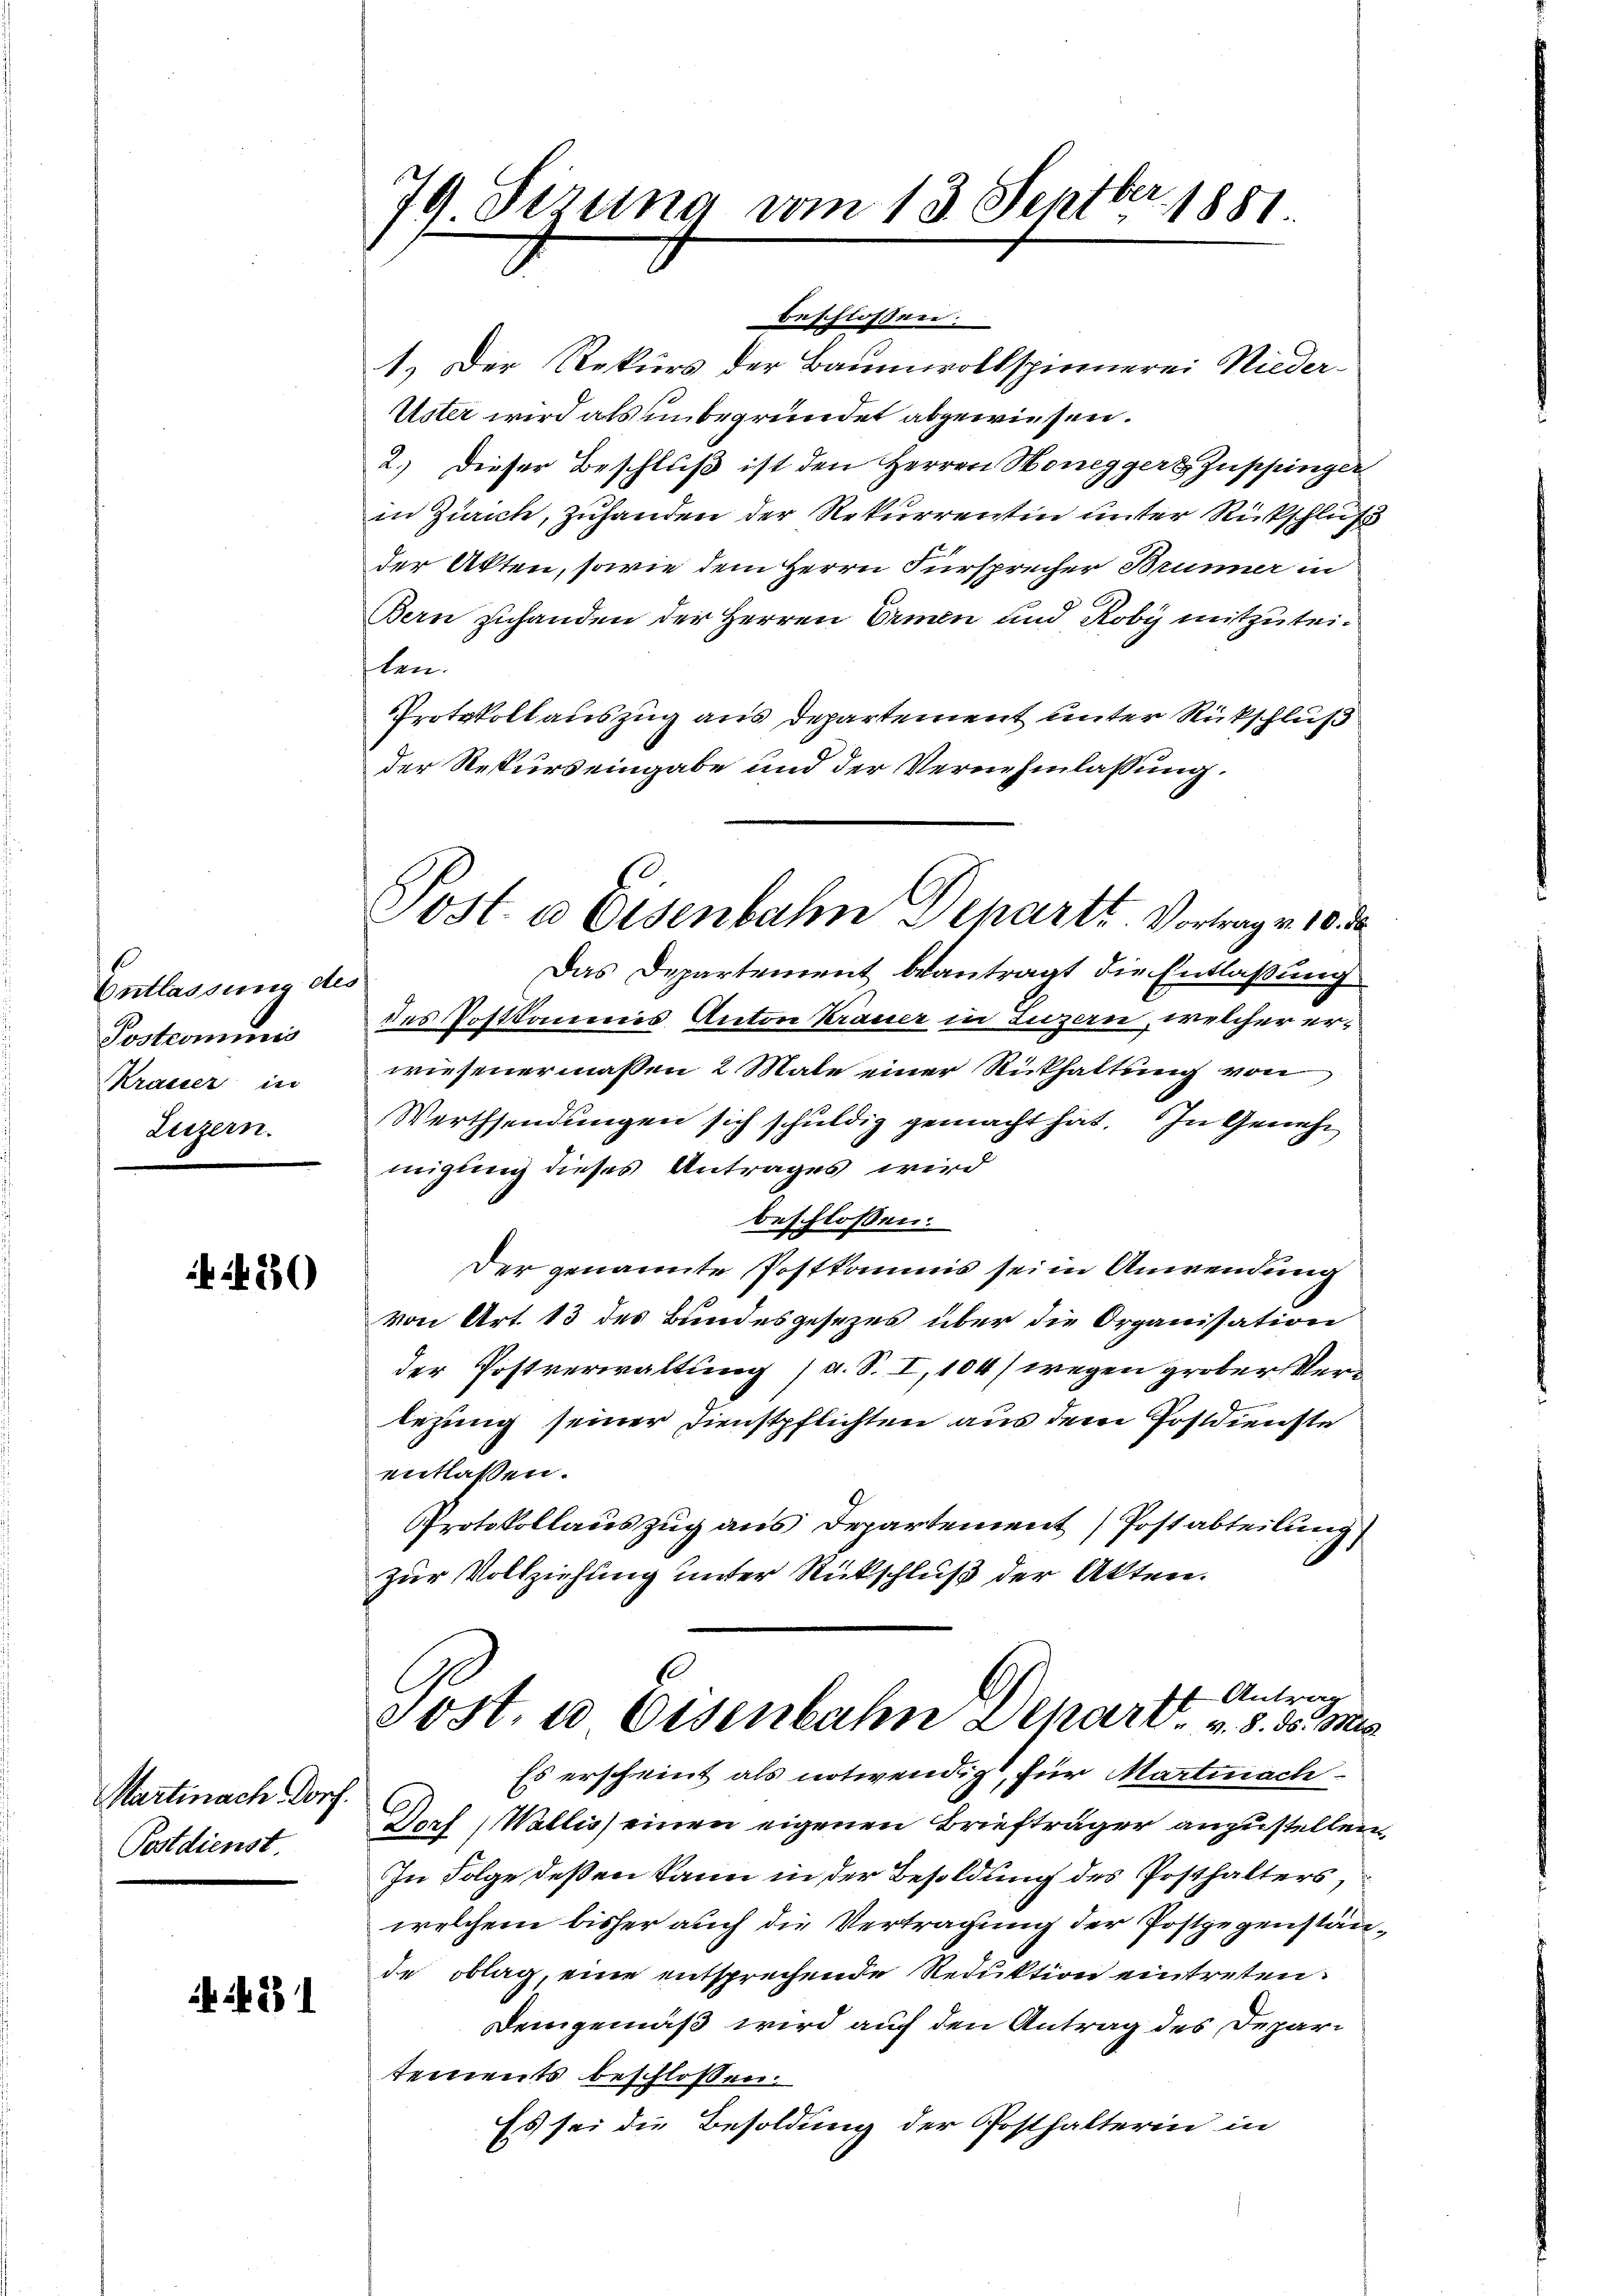
Entlassung des
Postcommis
Krasser in
Luzern.

420

Martinach Poch
Postdienst

21

79 Sirung vom 13. Septbr. 1881

Post. a Eisenbahn Departe Vortrage 10 de

beschlossen:
1.) Der Rekurs der Baumwollspinnerei Nieder-
Uster wird als unbegründet abgewiesen.
2.) Dieser Beschluß ist den Herren Honegger Zuppingen
in Zürich, Zuhanden der Rekurrentin unter Rückschluß
der Akten, sowie dem Herrn Fürsprecher Brunner in
Bern zuhanden der Herren Ernen und Roby mitzuteiten.
Protokollauszug aus Departement unter Rückschluß
der Respurs eingabe und der Vernehmlassung
Das Departement beantragt die Entlaßung
des Postkammes Anton Krauer in Luzern, welcher erwiesenermassen 2 Male einer Rickhaltung von
Werthsendungen sich schuldig gemacht hat. In Genehm
migung dieses Antrages wird
beschlossen:
Der genannte Postkommis seine Anwendung
von Art. 13 des Bundesgesezes über die Organisation
der Postverwaltung (a. S. I, 104) wegen großer Verlezung seiner Dienstpflichten aus dem Postdienste
entlaßen.
Protokollauszug aus Departement (Postabteilung
zur Vollziehung unter Rückschluß der Akten.

ts Antrag
cost. 10 Eisenbahn Depart v. 8. ds. Mis

Es erscheint als notwendigt, für Martinach¬
Dorf (Wallis einen eigenen Briefträger anzustellen,
In Folge deßen kann in der Besoldung des Posthalters,
welchem bisher auch die Vertragung der Postgegenstände oblag, eine entsprechende Reduktion eintreten
Demgemäß wird auf den Antrag des Departements beschlossen:
Es sei die Besoldung der Posthalterin in